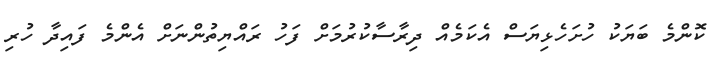
ކޮންމެ ބަޔަކު ހުށަހެޅިޔަސް އެކަމެއް ދިރާސާކުރުމަށް ފަހު ރައްޔިތުންނަށް އެންމެ ފައިދާ ހުރި